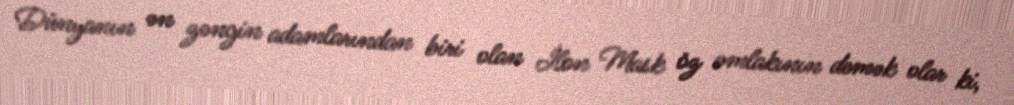
Dünyanın ən zəngin adamlarından biri olan İlon Mask öz əmlakının demək olar ki,